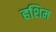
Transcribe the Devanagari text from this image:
हशिम